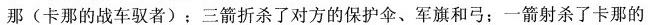
那(卡那的战车驭者)；三箭折杀了对方的保护伞、军旗和弓：一箭射杀了卡那的